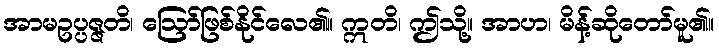
အာမဥပ္ပဇ္ဇတိ၊ ဩော်ဖြစ်နိုင်လေ၏။ ဣတိ၊ ဤသို့။ အာဟ၊ မိန့်ဆိုတော်မူ၏။